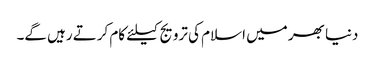
دنیا بھر میں اسلام کی ترویج کیلئے کام کرتے رہیں گے۔